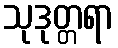
သုဒုတ္တရာ